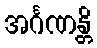
အင်္ဂဏန္တိ